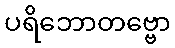
ပရိဘောတဗ္ဗော